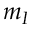
m _ { I }